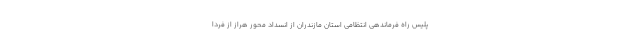
پلیس راه فرماندهی انتظامی استان مازندران از انسداد محور هراز از فردا